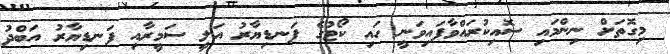
މިގޮތަށް ނިންމައި ސޮއިކުރައްވާފައިވަނީ ހައި ކޯޓުގެ ފަނޑިޔާރު އަލީ ސަމީރާއި ފަނޑިޔާރު އަބްދު